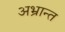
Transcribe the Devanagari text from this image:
अभ्रान्त